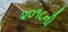
૨૦૧૮ની